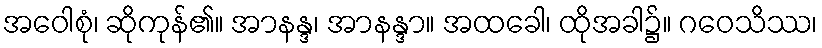
အဝေါစုံ၊ ဆိုကုန်၏။ အာနန္ဒ၊ အာနန္ဒာ။ အထခေါ၊ ထိုအခါ၌။ ဂဝေသိဿ၊